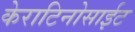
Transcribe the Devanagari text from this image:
केराटिनोसाईट